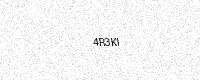
Text: 4R3KI